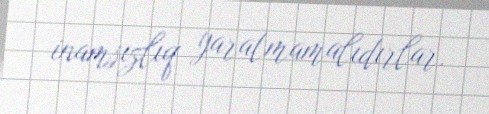
inamsızlıq yaratmamalıdırlar.